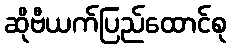
ဆိုဗီယက်ပြည်ထောင်စု